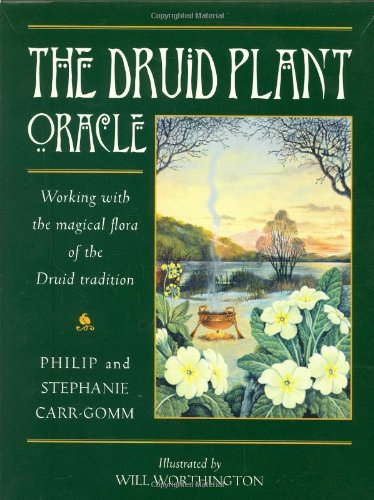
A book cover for The Druid Plant Oracle; Philip Carr-Gomm; Religion & Spirituality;